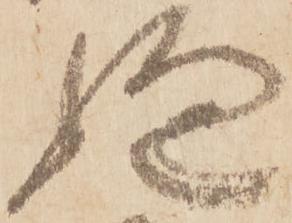
嫌